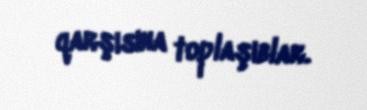
qarşısına toplaşıblar.